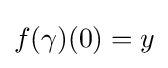
f(\gamma )(0)=y